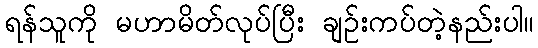
ရန်သူကို မဟာမိတ်လုပ်ပြီး ချဉ်းကပ်တဲ့နည်းပါ။